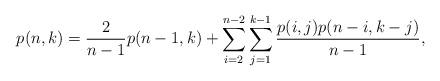
LaTeX: \begin{align*}p(n,k)= \frac{2}{n-1} p(n-1,k)+ \sum_{i=2}^{n-2} \sum_{j=1}^{k-1}\frac{ p(i,j) p(n-i,k-j)}{n-1},\end{align*}